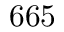
6 6 5